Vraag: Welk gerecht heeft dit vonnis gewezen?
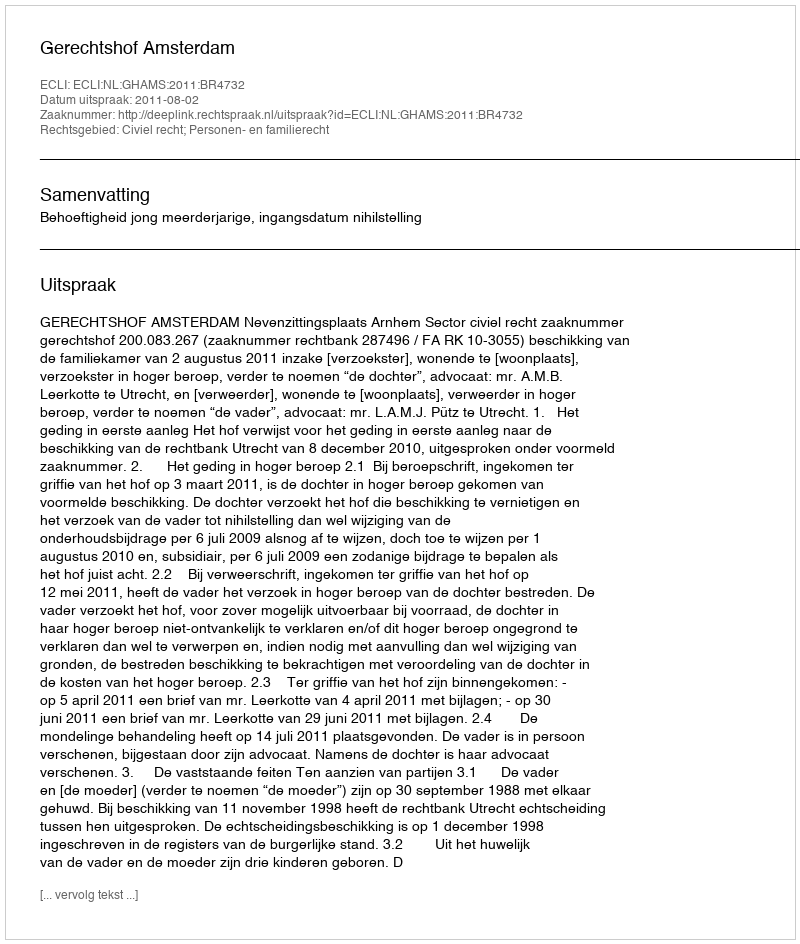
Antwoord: Gerechtshof Amsterdam